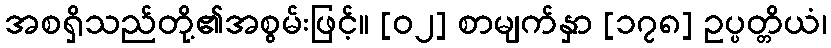
အစရှိသည်တို့၏အစွမ်းဖြင့်။ [၀၂] စာမျက်နှာ [၁၇၈] ဥပ္ပတ္တိယံ၊